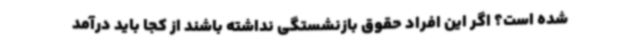
شده است؟ اگر این افراد حقوق بازنشستگی نداشته باشند از کجا باید درآمد